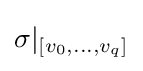
\sigma |_{[v_{0},\ldots ,v_{q}]}